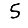
Digit: 5